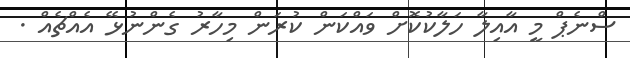
ސްނެޕް މީ އާއިލާ ހަލާކުކޮށް ވައްކަން ކުރަން މިހާރު ގެންނުޅޭ އެއްޗެއް .